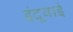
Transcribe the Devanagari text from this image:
इंदूबाई